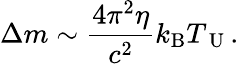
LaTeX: \Delta m\sim\frac{4\pi^{2}\eta}{c^{2}}k_{\mathrm{B}}T_{\mathrm{~U~}}.